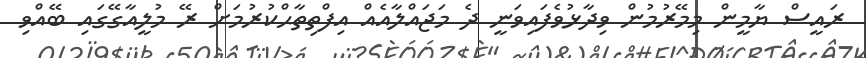
ރައީސް ޔާމީން މިމޭރުމުން ވިދާޅުވެފައިވަނީ ދެ މަޖައްލާއެއް އިފްތިތާޙްކުރުމަށް ރޭ މުލީއާގޭގައި ބޭއްވި